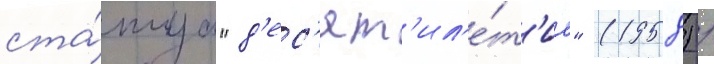
ста́туа "д'ес'ят'ил'е́т'ие" (1958) /